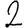
Digit: 2